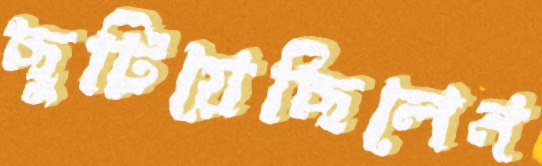
ছুটিয়েছিলেন